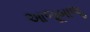
આજૂબાજૂ